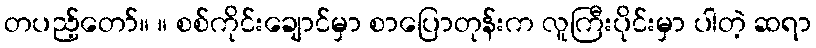
တပည့်တော်။ ။ စစ်ကိုင်းချောင်မှာ စာပြောတုန်းက လူကြီးပိုင်းမှာ ပါတဲ့ ဆရာ